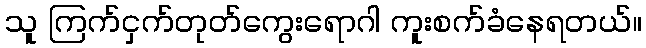
သူ ကြက်ငှက်တုတ်ကွေးရောဂါ ကူးစက်ခံနေရတယ်။